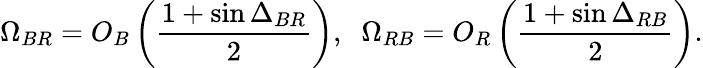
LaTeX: \Omega_{BR}=O_{B}\left(\frac{1+\sin\Delta_{BR}}{2}\right),\; \; \Omega_{RB}=O_{R}\left(\frac{1+\sin\Delta_{RB}}{2}\right).